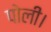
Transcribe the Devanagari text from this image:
पोली।